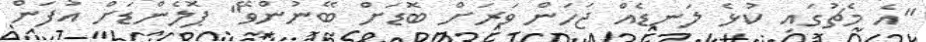
"އެ މެޗުގައި ކުޅެ ލަނޑެއް ޖަހަން ވަރަށް ބޮޑަށް ބޭނުންވޭ" ޕޮލެންޑަށް އުފަން